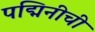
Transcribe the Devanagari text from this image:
पद्मिनीची